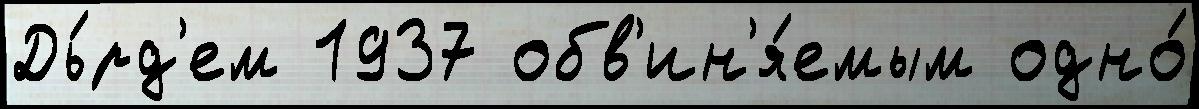
Дь́рд'ем 1937 обв'ин'я́емым одно́